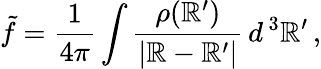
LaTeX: \tilde{f}={\frac{1}{4\pi}}\int{\frac{\rho(\mathbb{R}^{\prime})}{|\mathbb{R}-\mathbb{R}^{\prime}|}}\, d^{\, 3}\mathbb{R}^{\prime}\, ,